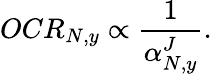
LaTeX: OCR_{N,y}\propto\frac{1}{\alpha_{N,y}^{J}}.